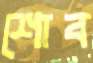
শোব